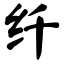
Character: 纤